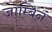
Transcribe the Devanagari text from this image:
जाम्बिन